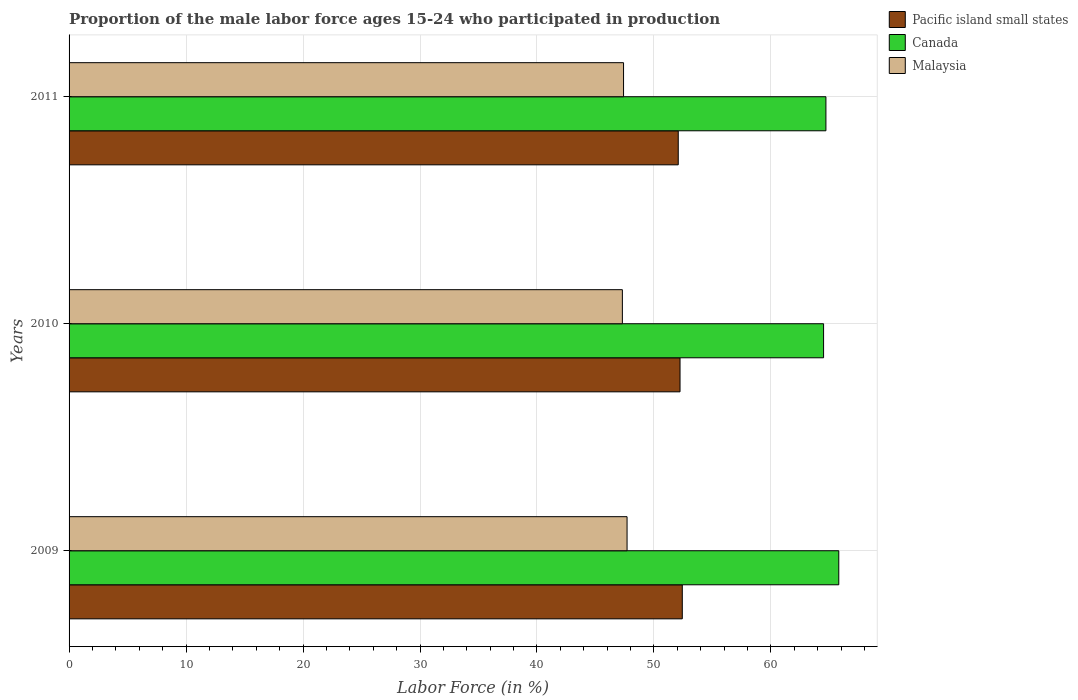
| Years | Pacific island small states | Canada | Malaysia |
 | --- | --- | --- | --- |
 | 2009 | 52.4 | 65.8 | 47.7 |
 | 2010 | 52.2 | 64.5 | 47.3 |
 | 2011 | 52.1 | 64.7 | 47.4 |